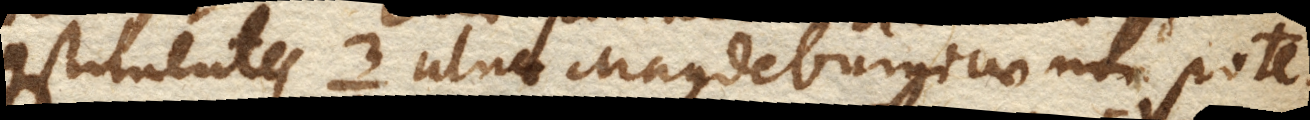
constituentes 3 ulnae Magdeburgicae non pote–